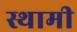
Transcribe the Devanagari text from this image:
स्थामी